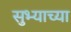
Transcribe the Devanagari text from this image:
सुभ्याच्या